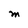
Character: M